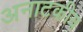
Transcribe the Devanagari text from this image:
अनाटकीय